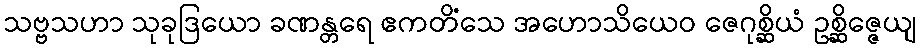
သဗ္ဗသဟာ သုခုဒြယော ခဏန္တရေ ဧကတိံသေ အဟောသိယေဝ ဇေဂုစ္ဆိယံ ဥစ္ဆိဇ္ဇေယျ